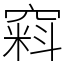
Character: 窲